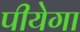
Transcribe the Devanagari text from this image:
पीयेगा